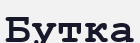
Бутка